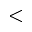
<